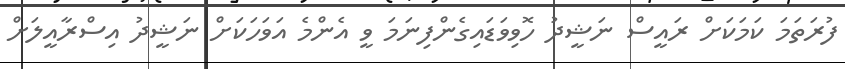
ފުރަތަމަ ކަމަކަށް ރައީސް ނަޝީދު ހޮވިވަޑައިގެންފިނަމަ ވީ އެންމެ އަވަހަކަށް ނަޝީދު އިސްރާއީލަށް